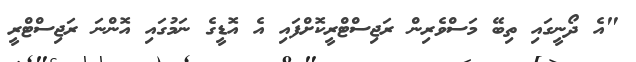
"އެ ދޯނީގައި ތިބޭ މަސްވެރިން ރަޖިސްޓްރީކޮށްފައި އެ އޮޑީގެ ނަމުގައި އޮންނަ ރަޖިސްޓްރީ